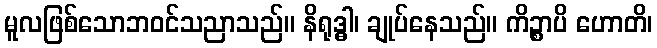
မူလဖြစ်သောဘဝင်သညာသည်။ နိရုဒ္ဓါ၊ ချုပ်နေသည်။ ကိဉ္စာပိ ဟောတိ၊